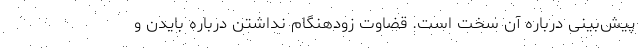
پیش‌بینی درباره آن سخت است. قضاوت زودهنگام نداشتن درباره بایدن و